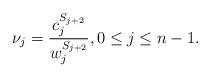
LaTeX: \begin{align*}\nu_j = \frac{c^{S_{j+2}}_j}{w^{S_{j+2}}_j}, 0 \leq j \leq n-1.\end{align*}